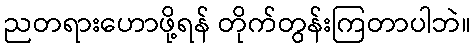
ညတရားဟောဖို့ရန် တိုက်တွန်းကြတာပါဘဲ။